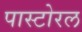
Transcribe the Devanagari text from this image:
पास्टोरल